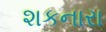
શકનારા